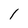
Character: 1